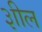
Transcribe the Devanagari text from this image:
३ाील